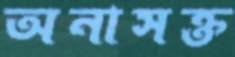
অনাসক্ত